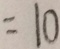
= 1 0